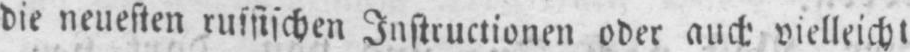
die neuesten russischen Instructionen oder auch vielleicht